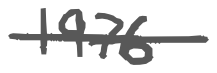
Text: 1976
Cross-out: single-line
Writing tool: digital_gray